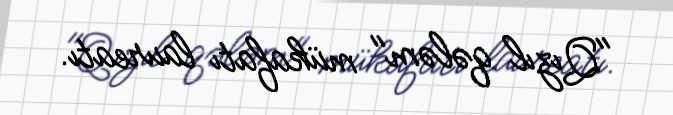
"Qızıl qələm" mükafatı laureatı.